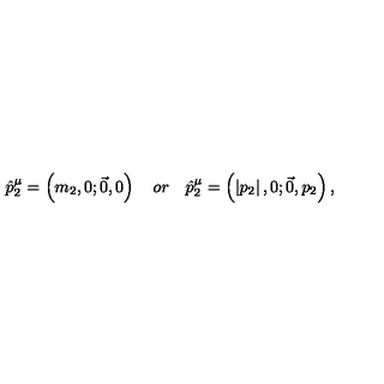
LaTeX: \hat { p } _ { 2 } ^ { \mu } = \left( m _ { 2 } , 0 ; \vec { 0 } , 0 \right) \quad o r \quad \hat { p } _ { 2 } ^ { \mu } = \left( \left| p _ { 2 } \right| , 0 ; \vec { 0 } , p _ { 2 } \right) ,